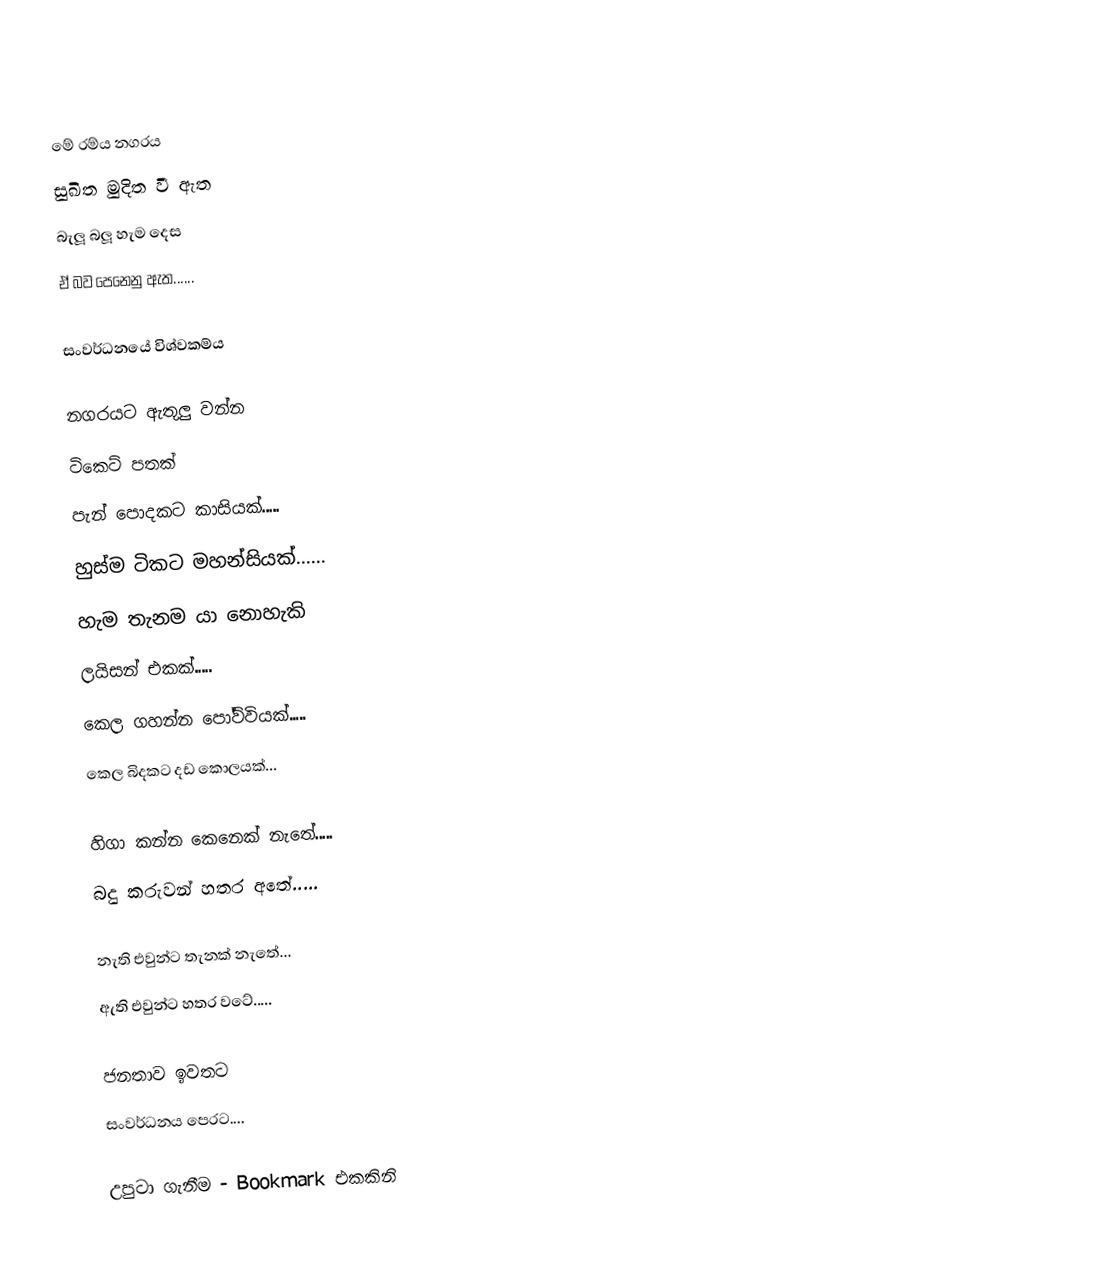
මේ රම්ය නගරය
සුඛිත මුදිත වී ඇත
බැලූ බලූ හැම දෙස
ඒ බව පෙනෙනු ඇත......

සංවර්ධනයේ විශ්වකම්ය

නගරයට ඇතුලු වන්න
ටිකෙට් පතක්
පැන් පොදකට කාසියක්.....
හුස්ම ටිකට මහන්සියක්......
හැම තැනම  යා නොහැකි
ලයිසන් එකක්.....
කෙල ගහන්න පෝව්වියක්.....
කෙල බිදකට දඩ කොලයක්...

හිගා කන්න කෙනෙක් නැතේ.....
බදු කරුවන් හතර අතේ.....

නැති එවුන්ට තැනක් නැතේ...
ඇති එවුන්ට හතර වටේ.....

ජනතාව ඉවතට
සංවර්ධනය පෙරට....

උපුටා ගැනීම - Bookmark එකකිනි